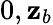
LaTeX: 0,\mathbf{z}_{b}